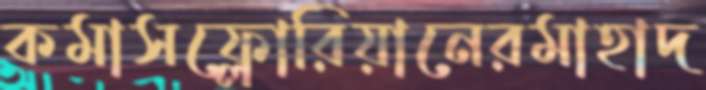
কমাসফ্লোরিয়ানেরমাহাদ